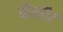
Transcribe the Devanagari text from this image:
मैलरैट